Vaccination in Bombay 1869-1873 - 1869-1873
Year: 1869
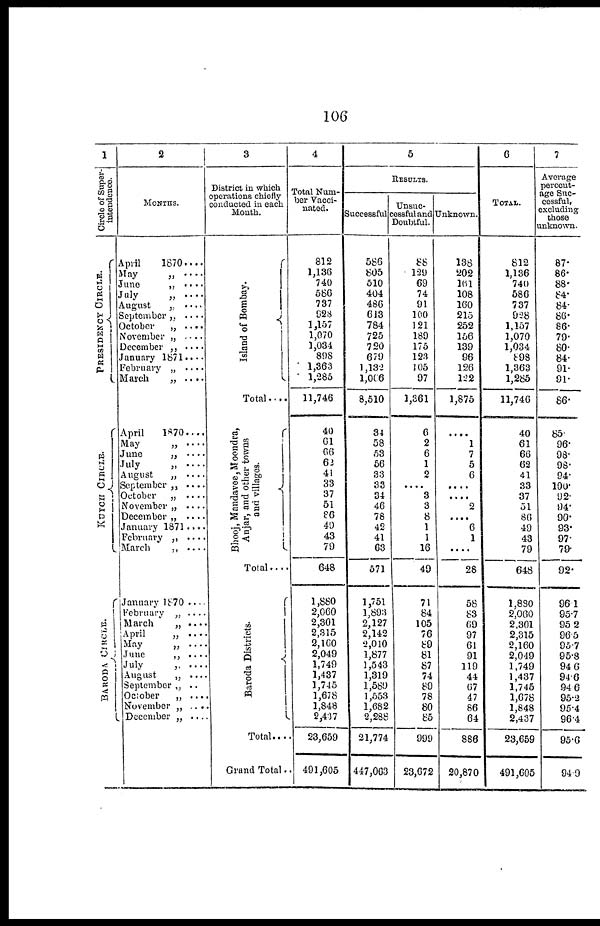
106
1
Circle of Super-
intendence
PRESIDENCY CIRCLE.
KUTCH CIRCLE.
BARODA CIRCLE.
2
MONTHS.
April
1870....
May
„
....
June
„
....
July
„
....
August
„ ....
September „ ....
October
„ ....
November „ ....
December „ ....
January
1871....
February „ ....
March
„ ....
April
1870....
May
„
....
June
„ ....
July
„
....
August
„ ....
September „ ....
October
„ ....
November „ ....
December „ ....
January 1871....
February „
March
„ ....
January 1870 ....
February „ ....
March
„ ....
April
„ ....
May
„ ....
June
„ ....
July
„ ....
August
„ ....
September „ ..
October
„ ....
November „ ....
December „ ....
3
District in which
operations chiefly
conducted in each
Month.
Island of Bombay.
Total....
Bhooj, Mandavee,Moondra,
Anjar, and other towns
and villages.
Total ....
Baroda Districts.
Total....
Grand Total..
4
Total Num-
ber Vacci-
nated.
812
1,136
740
586
737
928
1,157
1,070
1,034
898
1,363
1,285
11,746
40
61
66
62
41
33
37
51
86
49
43
79
648
1,880
2,060
2,301
2,315
2,160
2,049
1,749
1,437
1,745
1,678
1,848
2,437
23,659
491,605
5
RESULTS.
Successful
586
805
510
404
486
613
784
725
720
679
1,132
1,066
8,510
34
58
53
56
33
33
34
46
78
42
41
63
571
1,751
1,893
2,127
2,142
2,010
1,877
1,543
1,319
1,589
1,553
1,682
2,288
21,774
447,063
Unsuc¬
cessful and
Doubtful.
88
129
69
74
91
100
121
189
175
123
105
97
1,361
6
2
6
1
2
....
3
3
8
1
1
16
49
71
84
105
76
89
81
87
74
89
78
80
85
999
23,672
Unknown.
138
202
161
108
160
215
252
156
139
96
126
122
1,875
....
1
7
5
6
....
....
2
....
6
1
....
28
58
83
69
97
61
91
119
44
67
47
86
64
886
20,870
6
TOTAL.
812
1,136
740
586
737
928
1,157
1,070
1,034
898
1,363
1,285
11,746
40
61
66
62
41
33
37
51
86
49
43
79
648
1,880
2,060
2,301
2,315
2,160
2,049
1,749
1,437
1,745
1,678
1,848
2,437
23,659
491,605
7
Average
percent-
age Suc-
cessful,
excluding
those
unknown.
87.
86.
88.
84.
84.
86.
86.
79.
80.
84.
91.
91.
86.
85.
96.
98.
98.
94.
100.
92.
94.
90.
93.
97.
79.
92.
96.1
95.7
95.2
96.5
95.7
95.8
94.6
94.6
94.6
95.2
95.4
96.4
95.6
94.9